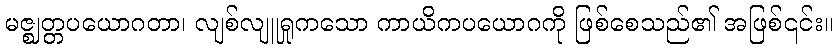
မဇ္ဈတ္တပယောဂတာ၊ လျစ်လျူရှုကသော ကာယိကပယောဂကို ဖြစ်စေသည်၏ အဖြစ်၎င်း။